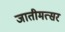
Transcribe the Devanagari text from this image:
जातीमत्सर